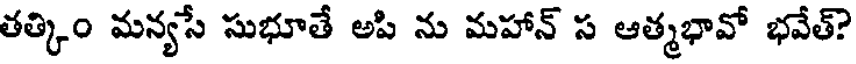
తత్కిం మన్యసే సుభూతే అపి ను మహాన్ స ఆత్మభావో భవేత్?